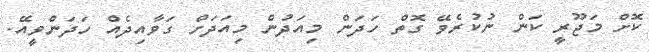
ކޮށް މަޖޫރީ ކަން ނުކުރެވޭ ގޮތް ހަދަން މިއަދުން މިއަދަށް ގަވާއިދެއް ހަދަންވީއޭ.